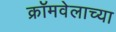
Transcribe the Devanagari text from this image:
क्रॉमवेलाच्या